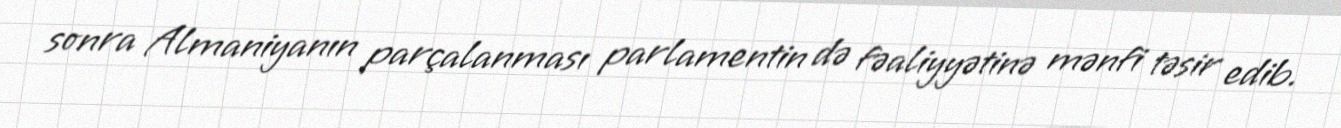
sonra Almaniyanın parçalanması parlamentin də fəaliyyətinə mənfi təsir edib.